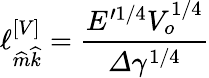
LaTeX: \ell_{\widehat{m}\widehat{k}}^{\left[V\right]}=\frac{E^{\prime 1/4}V_{o}^{1/4}}{\varDelta\gamma^{1/4}}